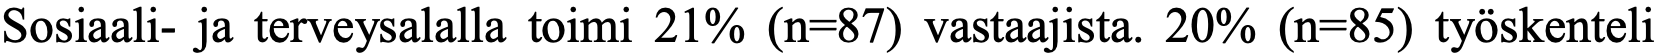
Sosiaali- ja terveysalalla toimi 21% (n=87) vastaajista. 20% (n=85) työskenteli